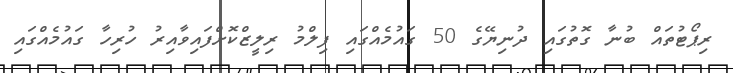
ރިޕޯޓުތައް ބުނާ ގޮތުގައި ދުނިޔޭގެ 50 ގައުމެއްގައި ފިލްމު ރިލީޒްކޮށްފައިވާއިރު ހުރިހާ ގައުމެއްގައި